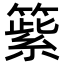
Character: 𥲕